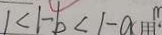
1 < 1 - b < 1 - a